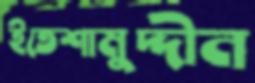
ইতেশামুদ্দীন